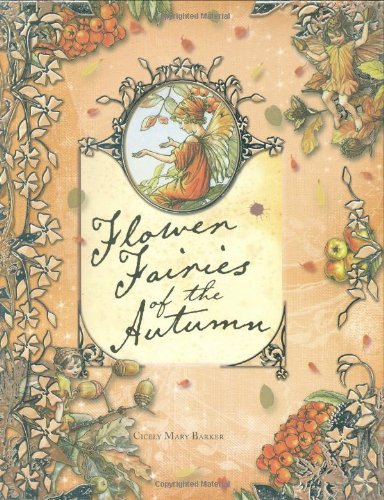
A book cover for Flower Fairies of the Autumn; Cicely Mary Barker; Literature & Fiction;